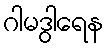
ဂါမဒွါရေန